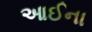
આઈના